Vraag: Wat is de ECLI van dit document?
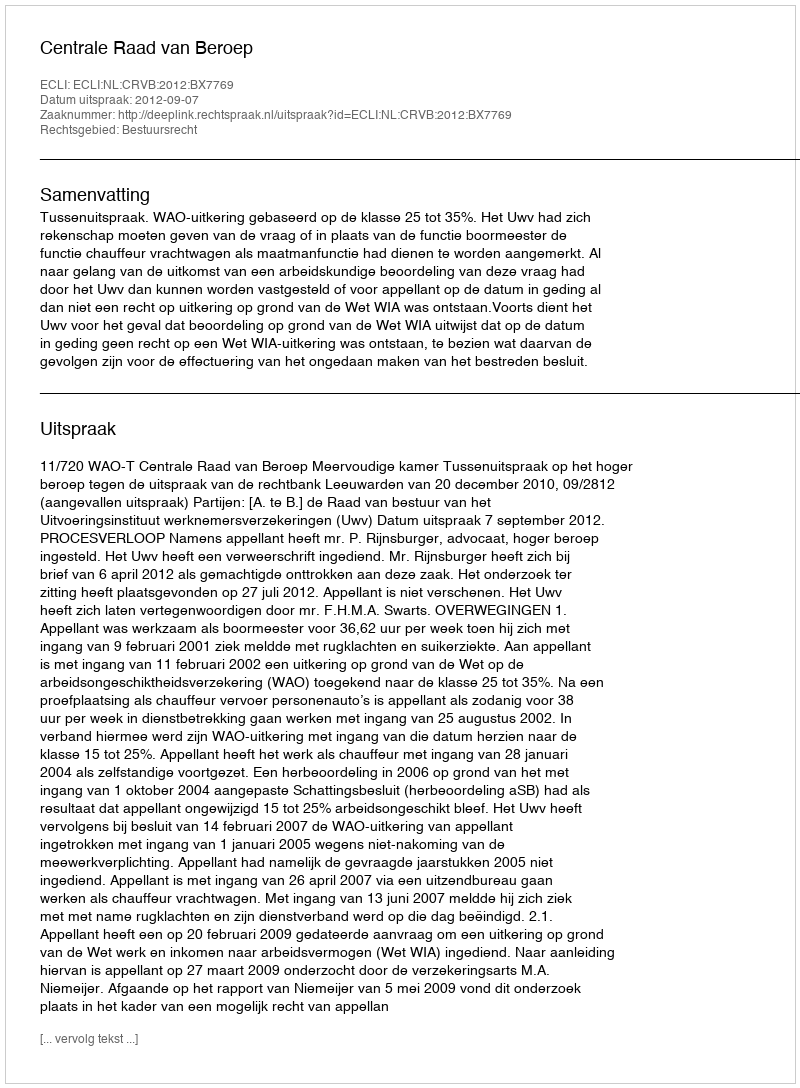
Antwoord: ECLI:NL:CRVB:2012:BX7769